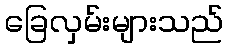
ခြေလှမ်းများသည်